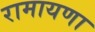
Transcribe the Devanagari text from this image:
रामायणा